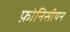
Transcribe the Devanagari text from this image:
फ़ोनिसीयन